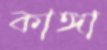
কাঙ্গা